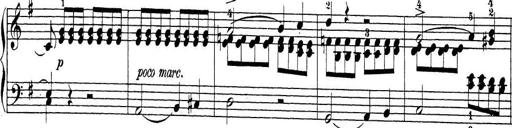
Title: Sonatina Album
Composer: Louis KÃ¶hler